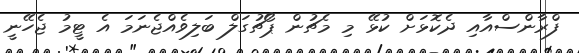
ފްރާންސްއާއި ދެކޮޅަށް ކުޅޭ މި މެޗުން ޕޯޗުގަލް ބަލިވެއްޖެނަމަ އެ ޓީމު ޖެހޭނީ